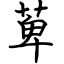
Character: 萆